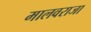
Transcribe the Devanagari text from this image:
मालवराजा